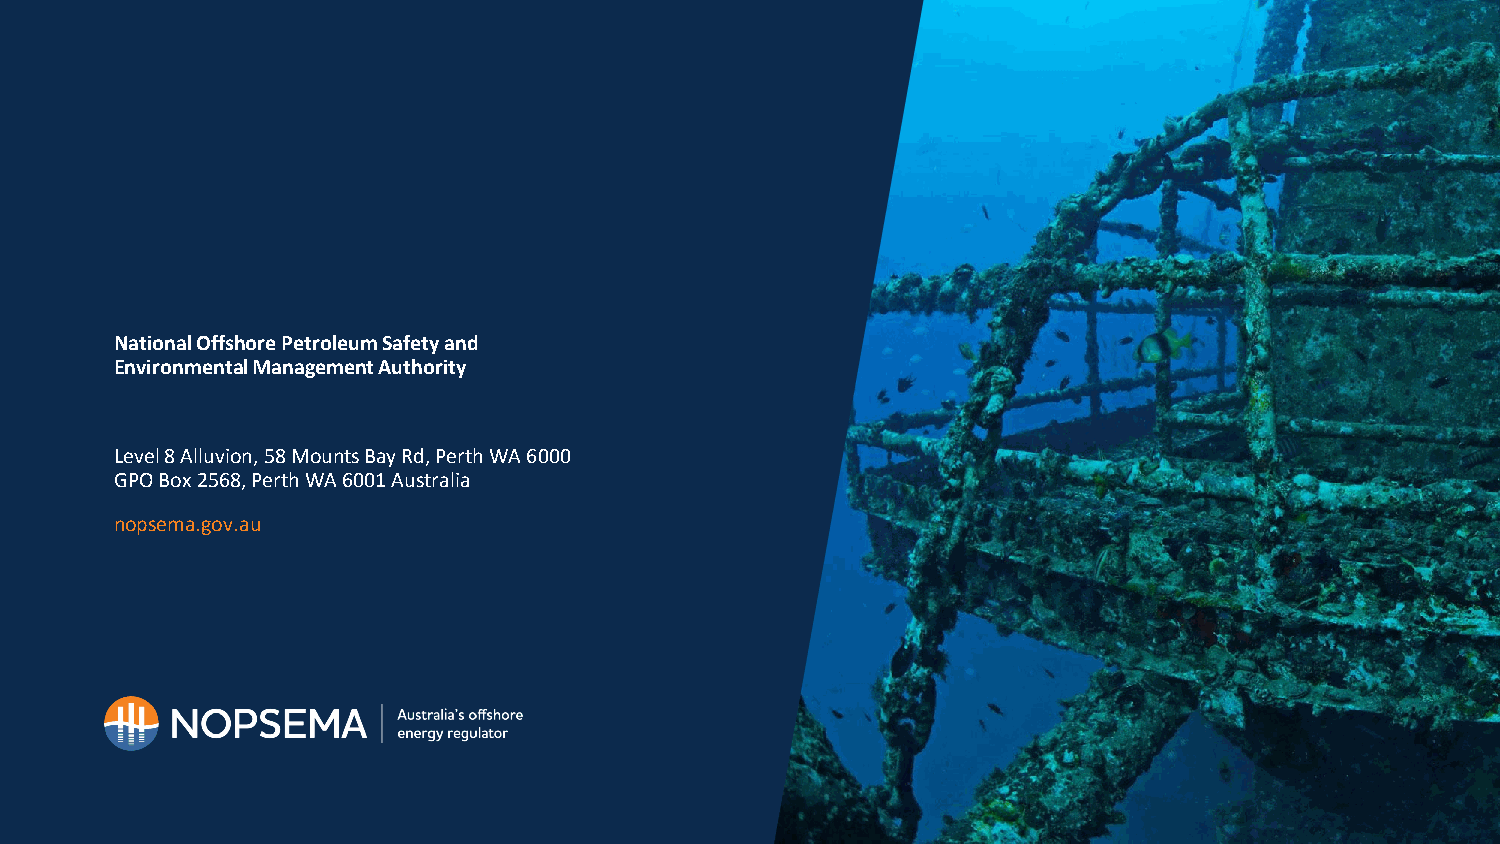
National Offshore Petroleum Safety and
 Environmental Management Authority
 Level 8 Alluvion, 58 Mounts Bay Rd, Perth WA 6000
 GPO Box 2568, Perth WA 6001 Australia
 nopsema.gov.au